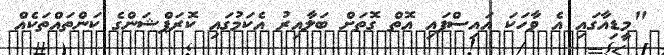
"މީޑިއާގައި އެ ވާހަކަ އައިސްފައި އޮތް ގޮތަށް ބަލާއިރު އެކަމުގައި ކޮރަޕްޝަންގެ ކަންތައްތަކެއް